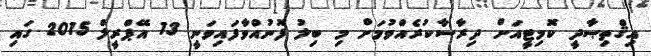
އިޤްތިޞާދީ ކޮމިޓީއަށް ދިރާސާކުރެއްވުމަށް މި ބިލު ފޮނުއްވާފައިވަނީ 13 އޭޕްރީލް 2015 ގައި